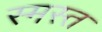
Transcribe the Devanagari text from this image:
स्मस्त